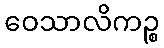
ဝေသာလိကဉ္စ